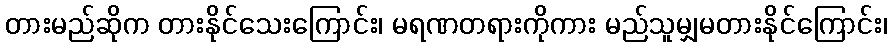
တားမည်ဆိုက တားနိုင်သေးကြောင်း၊ မရဏတရားကိုကား မည်သူမျှမတားနိုင်ကြောင်း၊